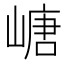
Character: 嵣